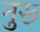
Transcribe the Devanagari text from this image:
नुरू